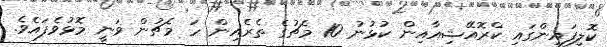
ކޮލިފައިންގައި ކްރޮއޭޝިއާއިން ކުޅުނު 10 މެޗުގެ ތެރެއިން ހަ މެޗުން ވަނީ މޮޅުވެފައެވެ.